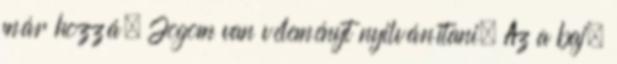
már hozzá. Jogom van véleményt nyilvánítani. Az a baj,